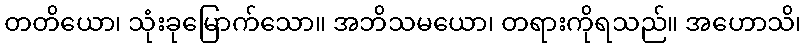
တတိယော၊ သုံးခုမြောက်သော။ အဘိသမယော၊ တရားကိုရသည်။ အဟောသိ၊